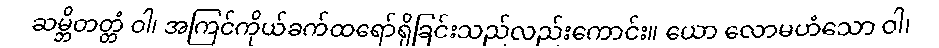
ဆမ္ဘိတတ္တံ ဝါ၊ အကြင်ကိုယ်ခက်ထရော်ရှိခြင်းသည်လည်းကောင်း။ ယော လောမဟံသော ဝါ၊